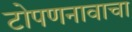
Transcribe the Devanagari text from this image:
टोपणनावाचा